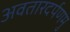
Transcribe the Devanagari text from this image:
अवतारदर्पणमु